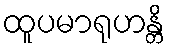
ထူပမာရုဟန္တိ